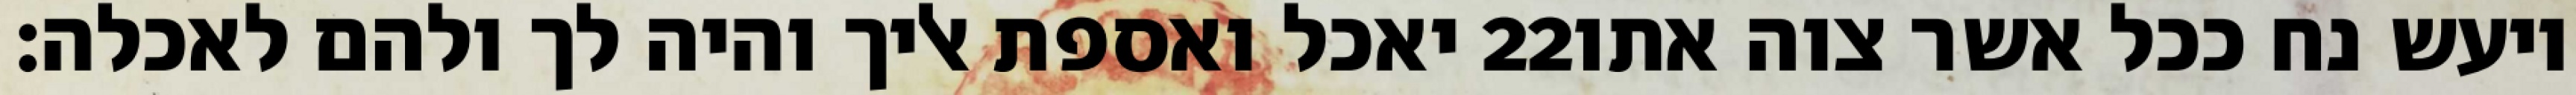
יאכל ואספת אליך והיה לך ולהם לאכלה׃ ‎22‏ ויעש נח ככל אשר צוה אתו